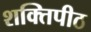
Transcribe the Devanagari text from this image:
शक्तिपीठ